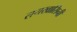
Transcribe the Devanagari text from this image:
रायखासिनी